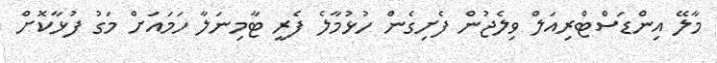
މާލޭ އިންޑަސްޓްރިއަލް ވިލެޖުން ފެށިގެން ހުޅުމާލެ ފެރީ ޓާމިނަލާ ހަމައަށް މަގު ފުޅާކޮށް